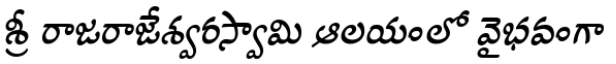
శ్రీ రాజరాజేశ్వరస్వామి ఆలయంలో వైభవంగా